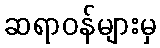
ဆရာဝန်များမှ